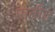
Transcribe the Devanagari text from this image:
पातीत